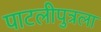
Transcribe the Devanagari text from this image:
पाटलीपुत्रला